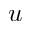
u